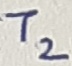
Text: T2